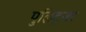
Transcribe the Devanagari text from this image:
पुलिट्ज़र